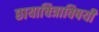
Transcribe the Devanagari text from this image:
छायाचित्राविषयी